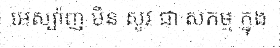
អេស្ប៉ាញ មិន សូវ ជា សកម្ម ក្នុង